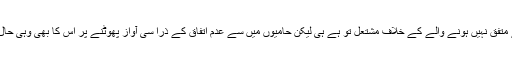
یہ خود سے متفق نہیں ہونے والے کے خلاف مشتعل تو ہے ہی لیکن حامیوں میں سے عدم اتفاق کے ذرا سی آواز پھوٹنے پر اس کا بھی وہی حال کرتی ہے۔